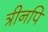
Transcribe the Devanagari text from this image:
त्रीनपि